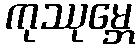
ကုဿုမ္ဘေ